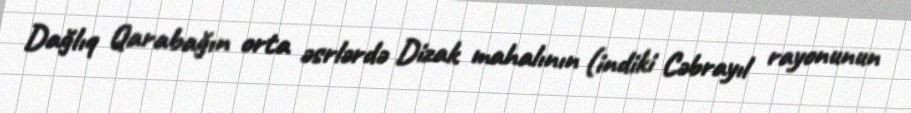
Dağlıq Qarabağın orta əsrlərdə Dizak mahalının (indiki Cəbrayıl rayonunun